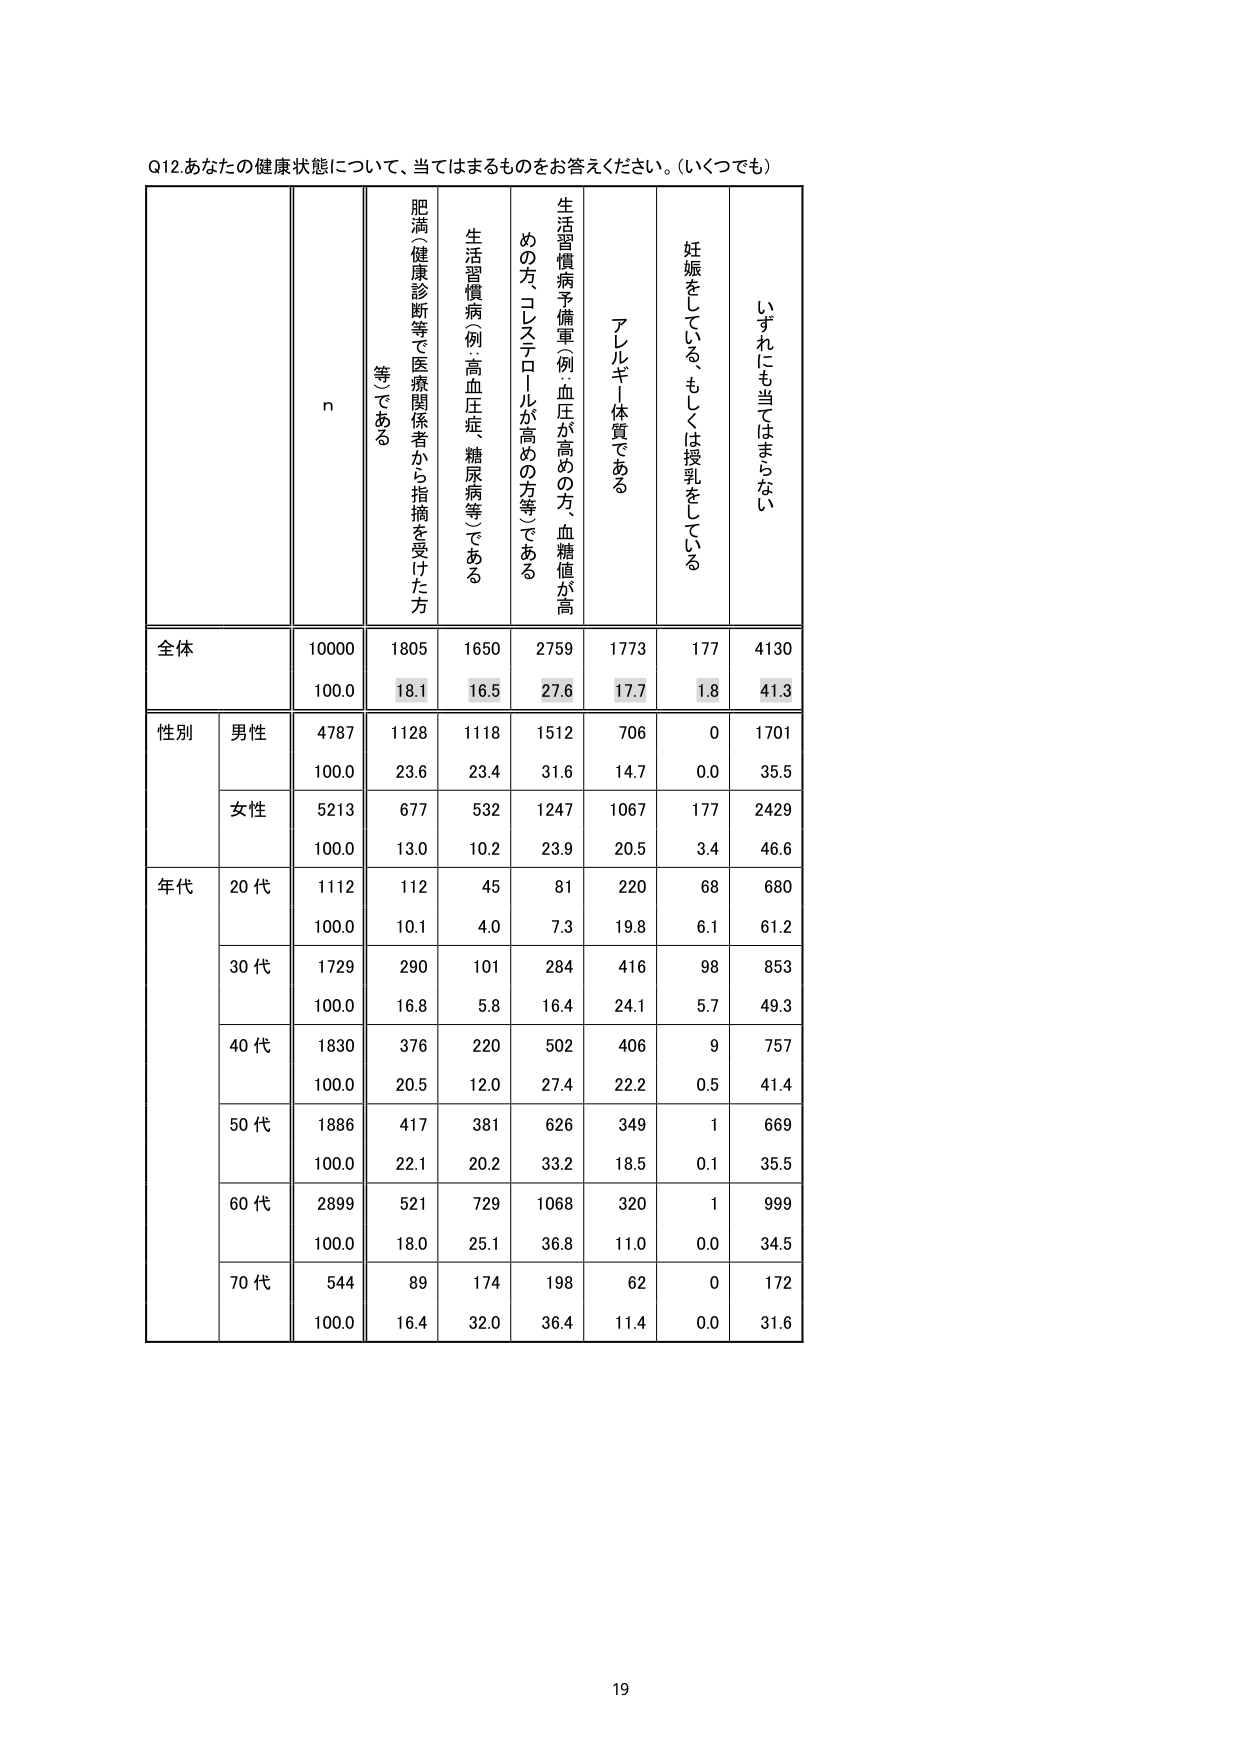
Q12 あなたの健康状態について、当てはまるものをお答えください。（いくつでも）

n
肥満、健康診断等で医療関係者から指摘を受けた方（等）である
生活習慣病（例：高血圧症、糖尿病等）である
生活習慣病予備軍（例：血圧が高めの方、血糖値が高めの方、コレステロールが高めの方等）である
アレルギー体質である
妊娠をしている、もしくは授乳をしている
いずれにも当てはまらない

全体
10000
1805
1650
2759
1773
177
4130
100.0
18.1
16.5
27.6
17.7
1.8
41.3

性別
男性
4787
1128
1118
1512
706
0
1701
100.0
23.6
23.4
31.6
14.7
0.0
35.5
女性
5213
677
532
1247
1067
177
2429
100.0
13.0
10.2
23.9
20.5
3.4
46.6

年代
20代
1112
112
45
81
220
68
680
100.0
10.1
4.0
7.3
19.8
6.1
61.2
30代
1729
290
101
284
416
98
853
100.0
16.8
5.8
16.4
24.1
5.7
49.3
40代
1830
376
220
502
406
9
757
100.0
20.5
12.0
27.4
22.2
0.5
41.4
50代
1886
417
381
626
349
1
669
100.0
22.1
20.2
33.2
18.5
0.1
35.5
60代
2899
521
729
1068
320
1
999
100.0
18.0
25.1
36.8
11.0
0.0
34.5
70代
544
89
174
198
62
0
172
100.0
16.4
32.0
36.4
11.4
0.0
31.6

19